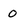
Character: O